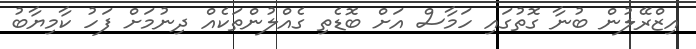
އިޒްރޭލުން ބުނާ ގޮތުގައި ހަމާސް އަށް ބޮޑެތި ގެއްލުންތަކެއް ދިނުމަށް ފަހު ކާމިޔާބު